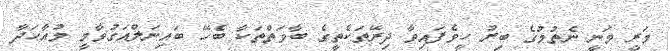
މަރީ ވަނީ ނެތުމުގެ ބިރު ހީވެފައިވާ ދިރޭތަކެތީގެ ބާވަތްތަކާ ބެހޭ ބައިނަލްއަގުވާމީ މުއާހަދާ